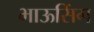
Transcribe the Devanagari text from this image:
भाऊसिंग